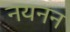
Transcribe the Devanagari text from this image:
नयनन